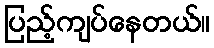
ပြည့်ကျပ်နေတယ်။